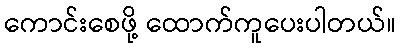
ကောင်းစေဖို့ ထောက်ကူပေးပါတယ်။